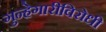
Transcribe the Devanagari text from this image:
गुन्हेगारीविरोधी